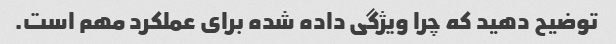
توضیح دهید که چرا ویژگی داده شده برای عملکرد مهم است.